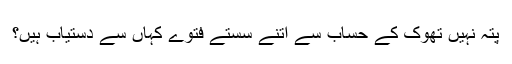
پتہ نہیں تھوک کے حساب سے اتنے سستے فتوے کہاں سے دستیاب ہیں؟